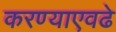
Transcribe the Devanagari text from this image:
करण्याएवढे